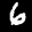
Label: 6